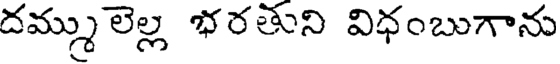
దమ్ము లెల్ల భరతుని విధంబుగాను